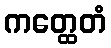
ကတ္ထေတံ